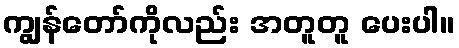
ကျွန်တော်ကိုလည်း အတူတူ ပေးပါ။